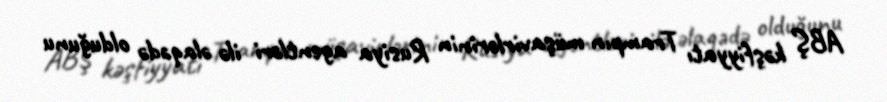
ABŞ kəşfiyyatı Trampın müşavirlərinin Rusiya agentləri ilə əlaqədə olduğunu